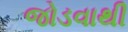
જોડવાથી